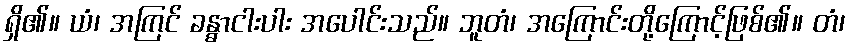
ရှိ၏။ ယံ၊ အကြင် ခန္ဓာငါးပါး အပေါင်းသည်။ ဘူတံ၊ အကြောင်းတို့ကြောင့်ဖြစ်၏။ တံ၊